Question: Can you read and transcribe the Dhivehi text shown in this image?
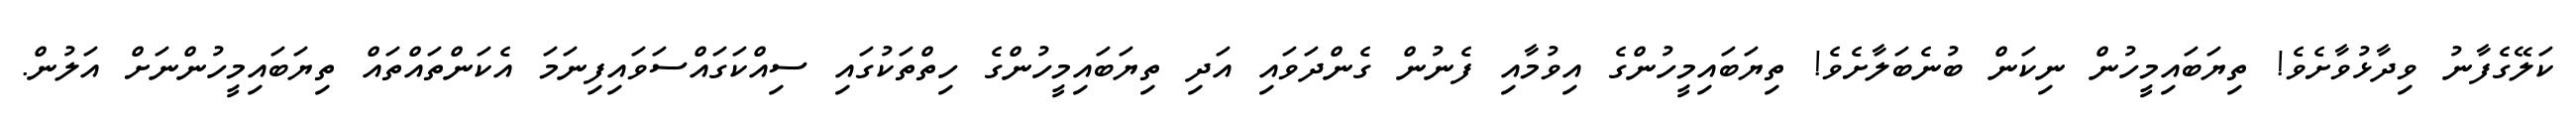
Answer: ކަލޭގެފާނު ވިދާޅުވާށެވެ! ތިޔަބައިމީހުން ނިކަން ބުނެބަލާށެވެ! ތިޔަބައިމީހުންގެ އިވުމާއި ފެނުން ގެންދަވައި އަދި ތިޔަބައިމީހުންގެ ހިތްތަކުގައި ސިއްކަގައްސަވައިފިނަމަ އެކަންތައްތައް ތިޔަބައިމީހުންނަށް އަލުން.